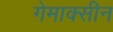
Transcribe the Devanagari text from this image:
गेमाक्सीन